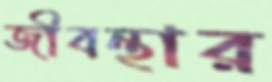
জীবন্থার